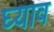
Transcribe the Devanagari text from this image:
घ्याव